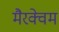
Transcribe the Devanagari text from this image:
मैरक्वेम